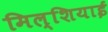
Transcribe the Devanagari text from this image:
मिल्शियाई